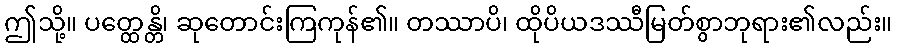
ဤသို့။ ပတ္ထေန္တိ၊ ဆုတောင်းကြကုန်၏။ တဿာပိ၊ ထိုပိယဒဿီမြတ်စွာဘုရား၏လည်း။